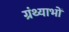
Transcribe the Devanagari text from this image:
ग्रंथ्याभों